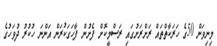
މިނިވަން 50ގެ ހަރަކާތްތައް ރަށްރަށުގައި ރަސްމީކޮށް ފެށުން ފާހަގަކުރަން އަންނަ ހުކުރު ދުވަހުގެ